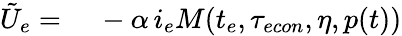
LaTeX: \begin{array}{rl}{\tilde{U}_{e}=}&{{}\ -\alpha\, i_{e}M(t_{e},{\tau_{econ}},\eta,p(t))}\end{array}